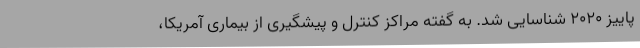
پاییز 2020 شناسایی شد. به گفته مراکز کنترل و پیشگیری از بیماری آمریکا،